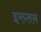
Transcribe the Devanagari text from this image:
इरुलन